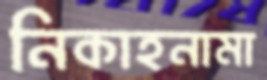
নিকাহনামা